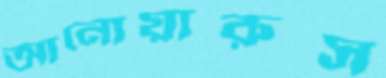
আনোয়ারুস